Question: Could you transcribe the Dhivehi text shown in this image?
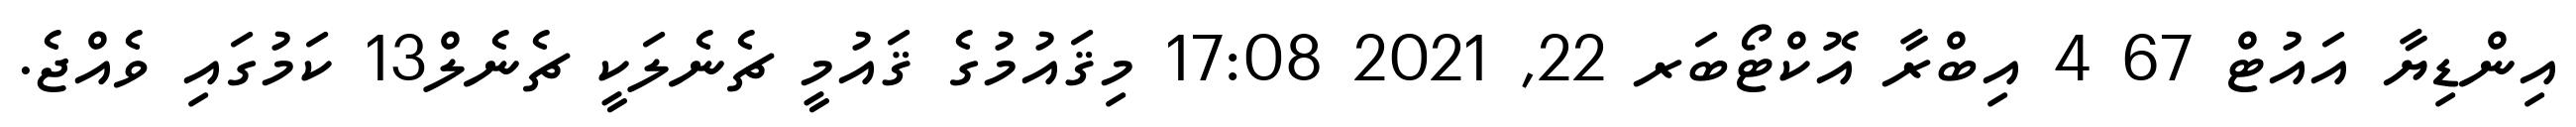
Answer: އިންޑިޔާ އައުޓް 67 4 އިބްރާ އޮކްޓޯބަރ 22, 2021 17:08 މިޤައުމުގެ ޤައުމީ ޗެނެލަކީ ޗެނެލް13 ކަމުގައި ވެއްޖެ.